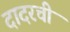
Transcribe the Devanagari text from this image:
दादरची